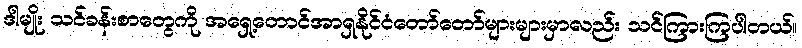
ဒါမျိုး သင်ခန်းစာတွေကို အရှေ့တောင်အာရှနိုင်ငံတော်တော်များများမှာလည်း သင်ကြားကြပါတယ်။